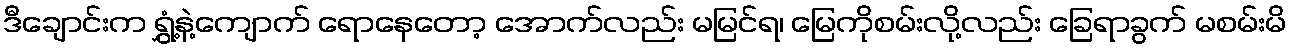
ဒီချောင်းက ရွှံ့နဲ့ကျောက် ရောနေတော့ အောက်လည်း မမြင်ရ၊ မြေကိုစမ်းလို့လည်း ခြေရာခွက် မစမ်းမိ